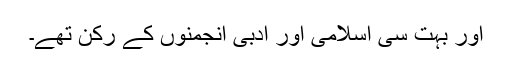
اور بہت سی اسلامی اور ادبی انجمنوں کے رکن تھے۔